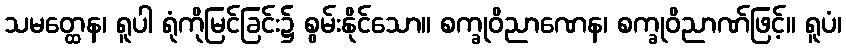
သမတ္ထေန၊ ရူပါ ရုံကိုမြင်ခြင်း၌ စွမ်းနိုင်သော။ စက္ခုဝိညာဏေန၊ စက္ခုဝိညာဏ်ဖြင့်။ ရူပံ၊